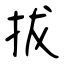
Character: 拔